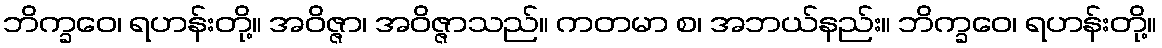
ဘိက္ခဝေ၊ ရဟန်းတို့။ အဝိဇ္ဇာ၊ အဝိဇ္ဇာသည်။ ကတမာ စ၊ အဘယ်နည်း။ ဘိက္ခဝေ၊ ရဟန်းတို့။